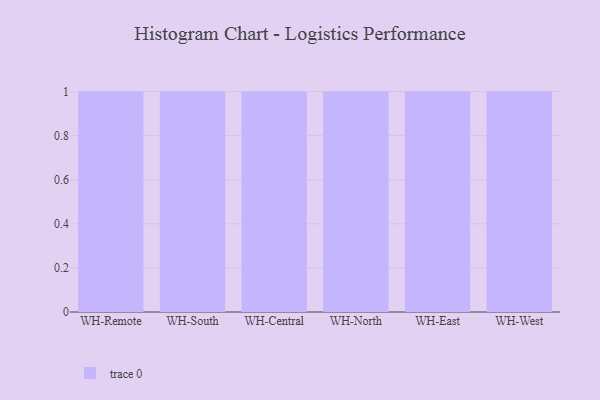
{"axis": {"x": "Warehouse", "y": "Net Income (USD K)"}, "legend": [""], "data": [{"x": "WH-Remote", "y": 39, "type": ""}, {"x": "WH-South", "y": 36, "type": ""}, {"x": "WH-Central", "y": 17, "type": ""}, {"x": "WH-North", "y": 19, "type": ""}, {"x": "WH-East", "y": 91, "type": ""}, {"x": "WH-West", "y": 34, "type": ""}]}